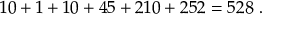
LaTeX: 1 0 + 1 + 1 0 + 4 5 + 2 1 0 + 2 5 2 = 5 2 8 \ .